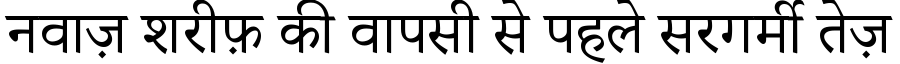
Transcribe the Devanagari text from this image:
नवाज़ शरीफ़ की वापसी से पहले सरगर्मी तेज़